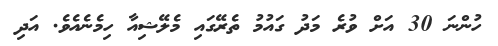
ހުންނަ 30 އަށް ވުރެ މަދު ގައުމު ތެރޭގައި މެލޭޝިއާ ހިމެނެއެވެ. އަދި